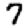
Digit: 7